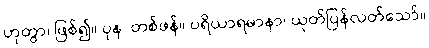
ဟုတွာ၊ ဖြစ်၍။ ပုန၊ တစ်ဖန်။ ပရိယာရမာနာ၊ ယုတ်ပြန်လတ်သော်။